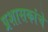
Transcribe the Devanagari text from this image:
प्रशासकांचे